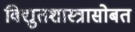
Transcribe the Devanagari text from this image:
विद्युतशास्त्रासोबत